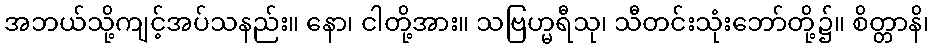
အဘယ်သို့ကျင့်အပ်သနည်း။ နော၊ ငါတို့အား။ သဗြဟ္မရီသု၊ သီတင်းသုံးဘော်တို့၌။ စိတ္တာနိ၊